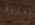
الذرية